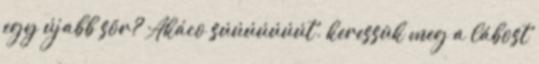
egy újabb sör? Akáco súúúúúúút. keressük meg a lábost